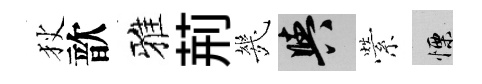
狄歆雅荊㡬阳縈慄